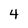
Character: 4